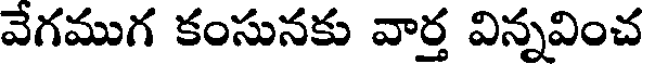
వేగముగ కంసునకు వార్త విన్నవించ